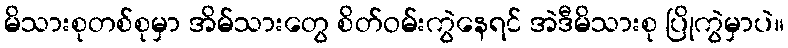
မိသားစုတစ်စုမှာ အိမ်သားတွေ စိတ်ဝမ်းကွဲနေရင် အဲဒီမိသားစု ပြိုကွဲမှာပဲ။